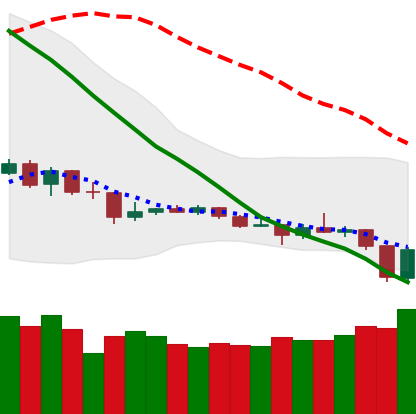
Ticker: TRX-USD
Chart end date: 2019-12-18
Forward return: 3.491%
Label: up_3_5